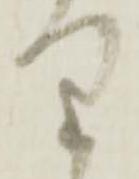
り